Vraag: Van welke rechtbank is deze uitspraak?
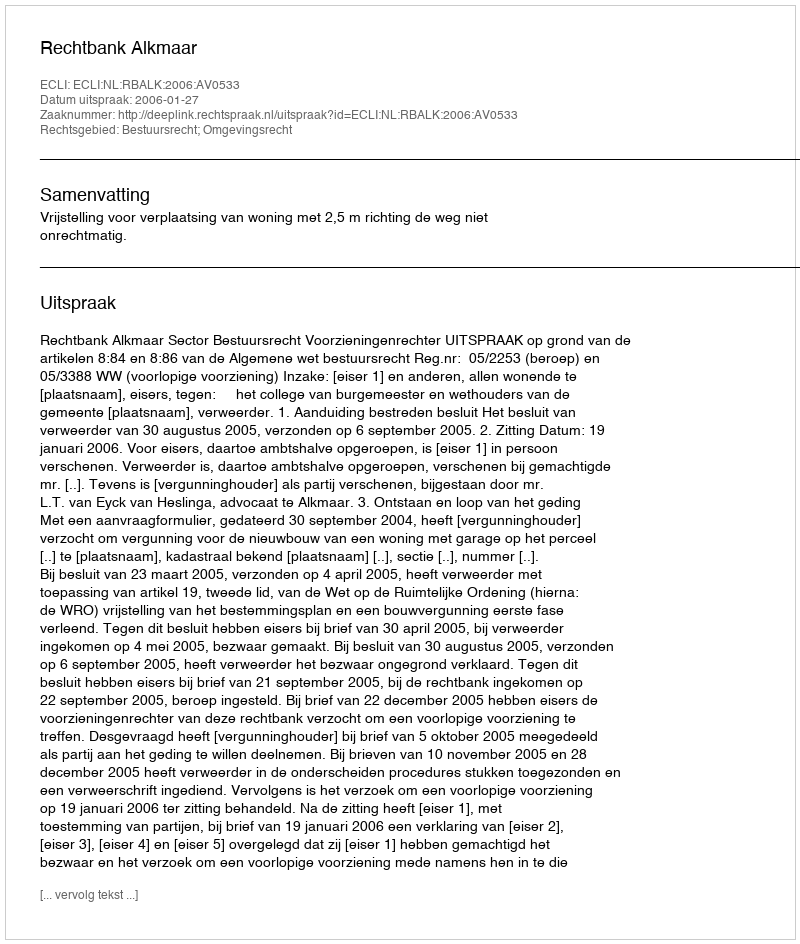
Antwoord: Rechtbank Alkmaar